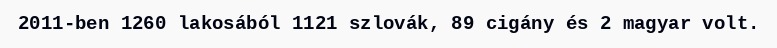
2011-ben 1260 lakosából 1121 szlovák, 89 cigány és 2 magyar volt.